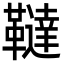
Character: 韃